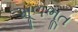
મૂળભૂત